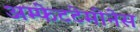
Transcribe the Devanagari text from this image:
अम्फेटटेमीनेस